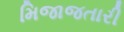
મિજાજતારી